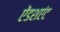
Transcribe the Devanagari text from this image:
ऐंडशएंट